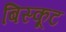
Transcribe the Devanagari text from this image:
बिस्कूट